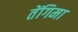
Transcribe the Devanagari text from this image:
तेंगिमा